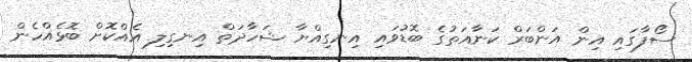
ސޯފާގައި އިން އަންބަރް ކަނާއަތުގެ ބޮޑުވައި އިނގިއްޔާ ޝަހާދަތް އިނގިލި އެއްކޮށް ބޮޅެއްހެން